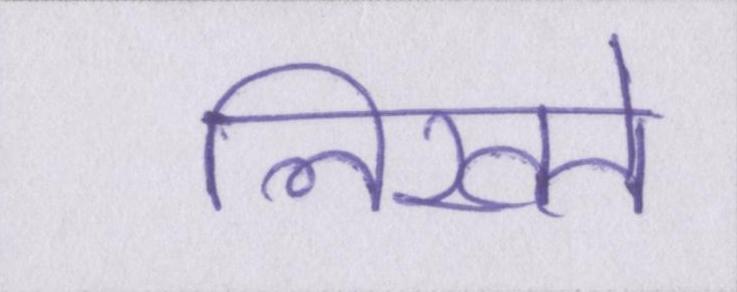
लिखते